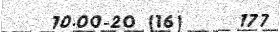
10.00-20 (16)     177